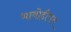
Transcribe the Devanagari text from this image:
भावोद्दीपन